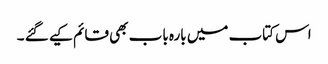
اس کتاب میں بارہ باب بھی قائم کیے گئے ۔